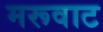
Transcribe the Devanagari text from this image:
मरूवाट